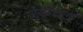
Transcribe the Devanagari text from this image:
जुडीशल